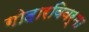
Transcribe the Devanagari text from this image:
गोदारविवर्मा